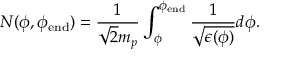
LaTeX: N ( \phi , \phi _ { \mathrm { e n d } } ) = \frac { 1 } { \sqrt { 2 } m _ { p } } \int _ { \phi } ^ { \phi _ { \mathrm { e n d } } } \frac { 1 } { \sqrt { \epsilon ( \phi ) } } d \phi .